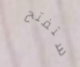
ستفتح